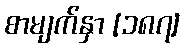
စာမျက်နှာ [၁၈၇]